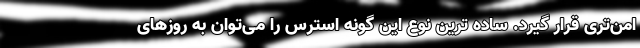
امن‌تری قرار گیرد. ساده ترین نوع این گونه استرس را می‌توان به روزهای